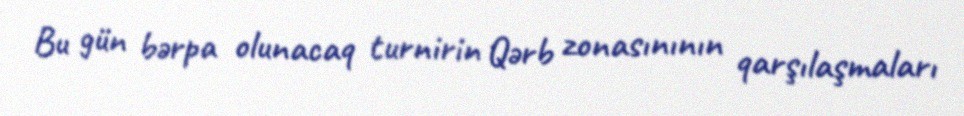
Bu gün bərpa olunacaq turnirin Qərb zonasınının qarşılaşmaları